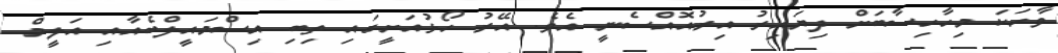
ވާހަކަ މިހާހިސާބަށް ދިޔައިރު އިރުއޮއްސެނީ އެވެ. އޭރު ހޯޅުއަށީގައި ތިބި އިސްމައީލްބެއާއި އަލީމް